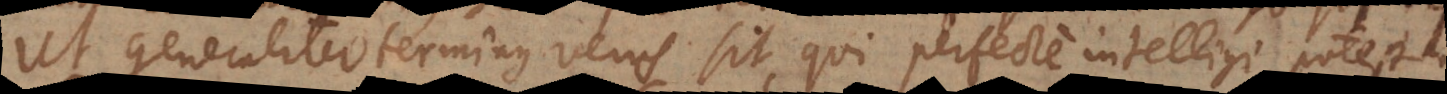
Ut generaliter terminus verus sit, qui perfecte intelligi potest